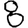
Digit: 8